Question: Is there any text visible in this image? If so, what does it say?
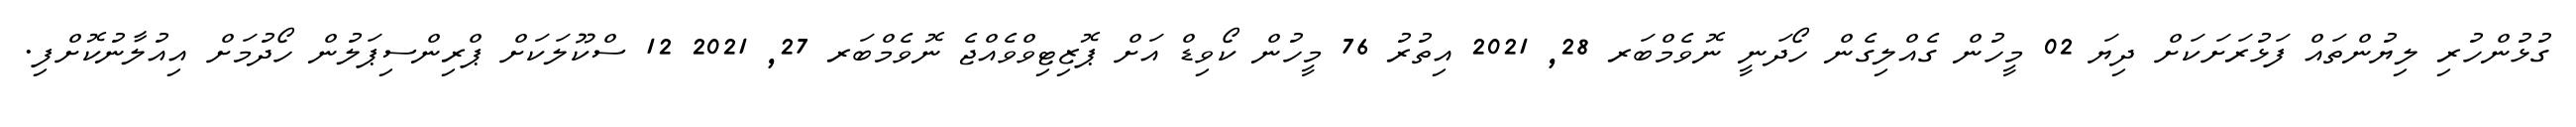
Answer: ގުޅުންހުރި ލިޔުންތައް ފަޅުރަށަކަށް ދިޔަ 02 މީހުން ގެއްލިގެން ހޯދަނީ ނޮވެމްބަރ 28, 2021 އިތުރު 76 މީހުން ކޯވިޑް އަށް ޕޮޒިޓިވްވެއްޖެ ނޮވެމްބަރ 27, 2021 12 ސްކޫލަކަށް ޕްރިންސިޕަލުން ހޯދުމަށް އިއުލާނުކޮށްފި.